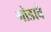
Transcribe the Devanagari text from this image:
गोडावे